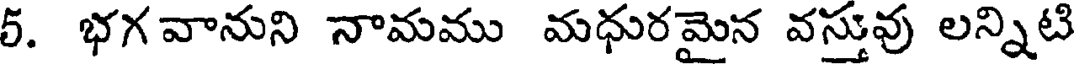
5. భగ వానుని నామము మధురమైన వస్తువు లన్నిటి